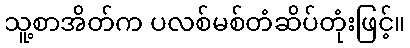
သူ့စာအိတ်က ပလစ်မစ်တံဆိပ်တုံးဖြင့်။